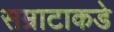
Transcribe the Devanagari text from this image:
सम्राटाकडे